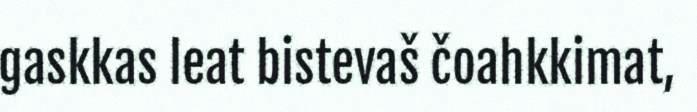
gaskkas leat bistevaš čoahkkimat,